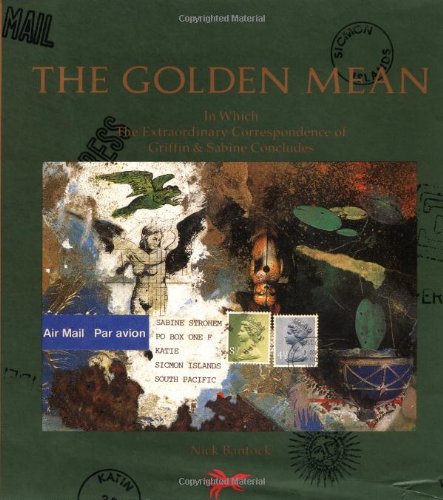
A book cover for The Golden Mean: In Which the Extraordinary Correspondence of Griffin & Sabine Concludes; Nick Bantock; Romance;